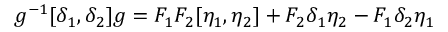
g ^ { - 1 } [ \delta _ { 1 } , \delta _ { 2 } ] g = F _ { 1 } F _ { 2 } [ \eta _ { 1 } , \eta _ { 2 } ] + F _ { 2 } \delta _ { 1 } \eta _ { 2 } - F _ { 1 } \delta _ { 2 } \eta _ { 1 }